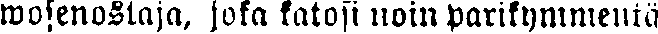
wosenostaja, joka katosi noin parikymmentä